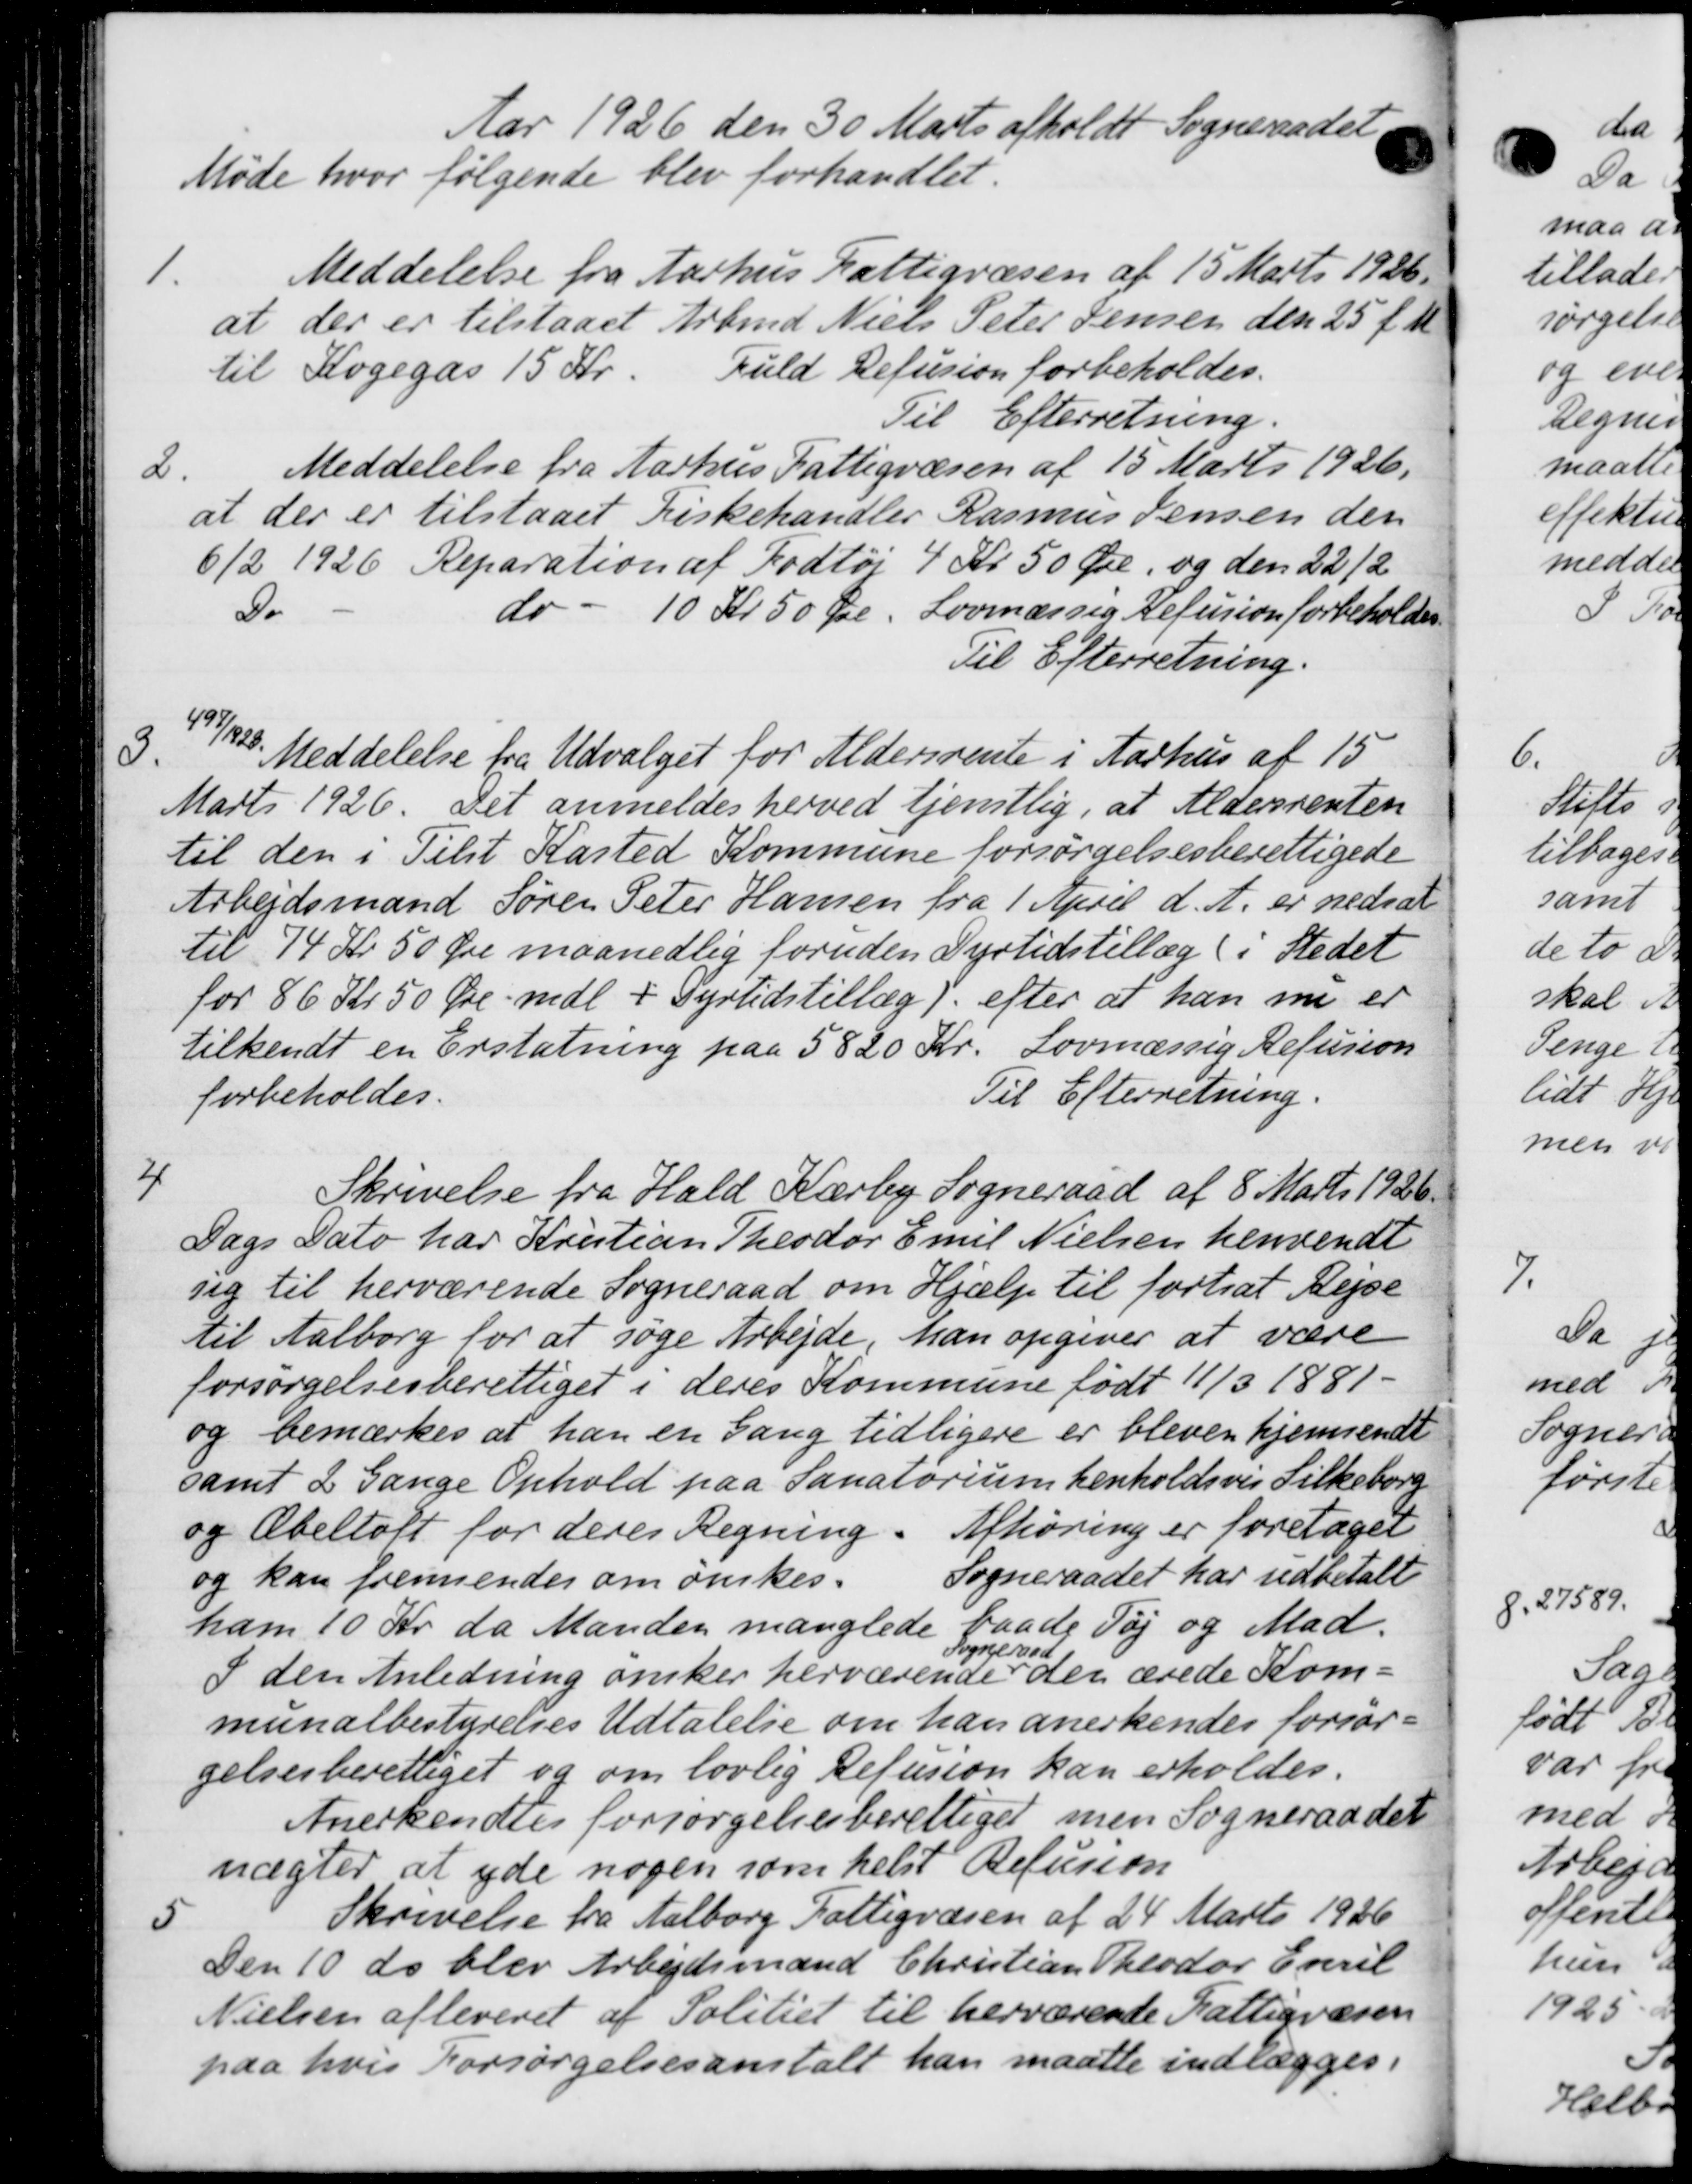
Transskription:
Aar 1926 den 30 Marts afholdt Sogneraade
Møde hvor følgende blev forhandlet.
1.
Meddelelse fra Aarhus Fattigvæsen af 15 Marts 1926.
at der er tilstaaet Arbmd Niels Peter Jensen den 25 f. M
til Kogegas 15 Kr. Fuld Refusion forbeholdes.
Til Efterretning.
2.
Meddelelse fra Aarhus Fattigvæsen af 15 Marts 1926.
at der er tilstaaet Kirkehandler Rasmus Jensen der
6/2 1926 Reparation af Fodtøj 4 Kr 50 Øre, og den 22/2
Do do - 10 Kr 50 Øre. Lovmæssig Refusion forbeholdes
Til Efterretning.
3.
427/2
Meddelelse fra Udvalget for Aldersrente i Aarhus af 15
Marts 1926. Det anmeldes herved tjenstlig, at Aldersrenten
til den i Tilst Kasted Kommune forsørgelsesberettigede
Arbejdsmand Søren Peter Hansen fra 1 April d. A. er nedsat
til 74 Kr 50 Øre maanedlig foruden Dyrtidstillæg (i Stedet
for 86 Kr 50 Øre mdl + Dyrtidstillæg efter at han nu er
tilkendt en Erstatning paa 5820 Kr. Lovmæssig Refusion
forbeholdes.
Til Efterretning.
4.
Skrivelse fra Hald Kærby Sogneraad af 8 Marts 1926.
Dags Dato har Kristian Theodor Emil Nielsen henvendt
sig til herværende Sogneraad om Hjælp til fortsat Rejse
til Aalborg for at søge Arbejde han opgiver at være
forsørgelsesberettiget i deres Kommune født 1/3 1881.
og bemærkes at han en Gang tidligere er bleven hjemsendt
samt 2 Gange Ophold paa Sanatorium henholdsvis Silkeborg
og Æbeltoft for deres Regning. Afhøring er foretaget
og kan fremsendes om ønskes.
Sogneraadet har udbetalt
ham 10 Kr da Manden manglede baade Tøj og Mad.
I den Anledning ønsker herværende
1 neraad
den ærede Kom-
munalbestyrelses Udtalelse om han anerkendes forsør-
gelsesberettiget og om lovlig Refusion kan erholdes.
Anerkendtes forsørgelsesberettiget men Sogneraadet
nægter at yde nogen som helst Refusion
5.
Skrivelse fra Aalborg Fattigvæsen af 24 Marts 1926
Den 10 ds blev Arbejdsmand Christian Theodor Euril
Nielsen afleveret af Politiet til herværende Fattigvæsen
paa hvis Forsørgelsesanstalt han maatte indlægges i